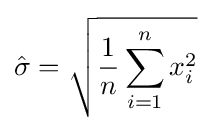
{\hat {\sigma }}={\sqrt {{\frac {1}{n}}\sum _{i=1}^{n}x_{i}^{2}}}